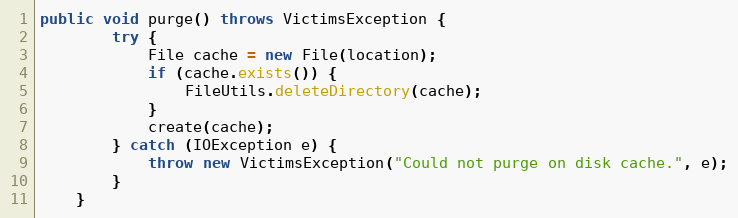
Language: Java
public void purge() throws VictimsException {
        try {
            File cache = new File(location);
            if (cache.exists()) {
                FileUtils.deleteDirectory(cache);
            }
            create(cache);
        } catch (IOException e) {
            throw new VictimsException("Could not purge on disk cache.", e);
        }
    }